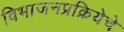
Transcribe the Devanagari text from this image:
विभाजनप्रक्रियेचे